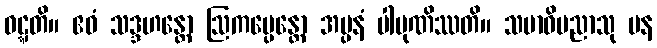
ဝဋ္ဋတိ။ ဧဝံ သဒ္ဒဟန္တော ဩကပ္ပေန္တော အပ္ပနံ ပါပုဏိဿတိ။ သမာဓိပညာသု ပန